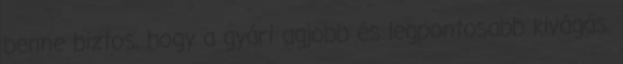
benne biztos, hogy a gyári agjobb és legpontosabb kivágás.